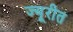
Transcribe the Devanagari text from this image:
ज्यूरीत